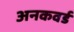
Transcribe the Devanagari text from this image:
अनकवर्ड